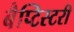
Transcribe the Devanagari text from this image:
बैप्टिस्टरी